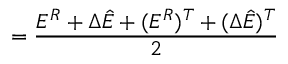
= \frac { E ^ { R } + \Delta \hat { E } + ( E ^ { R } ) ^ { T } + ( \Delta \hat { E } ) ^ { T } } { 2 }